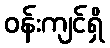
ဝန်းကျင်ရှိ